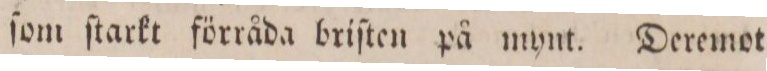
ſom ſtarkt förråda briſten på mynt. Deremot